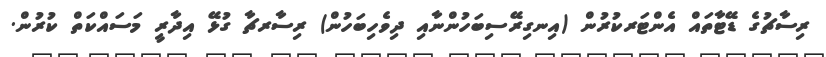
ރިސާޗުގެ ޑޭޓާތައް އެންޓަރކުރުން (އިނގިރޭސިބަހުންނާއި ދިވެހިބަހުން) ރިސާރޗާ ގުޅޭ އިދާރީ މަސައްކަތް ކުރުން.